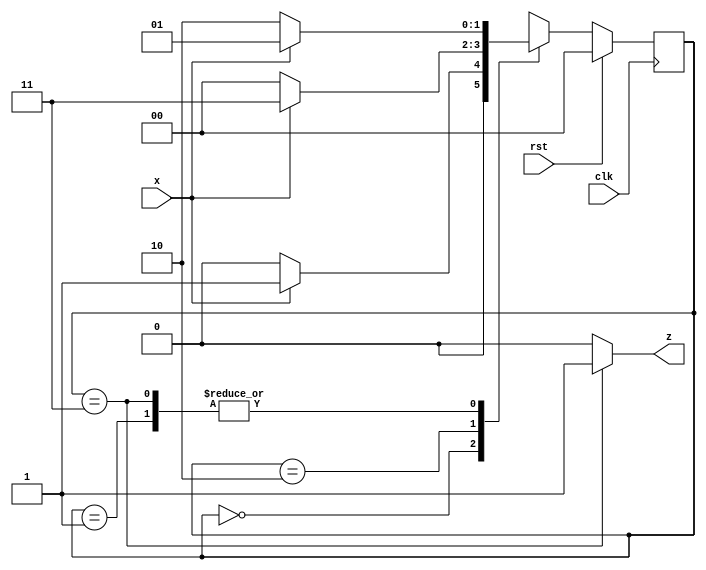
`timescale 1ns / 1ps
module moore101detector(
    input x, rst, clk, output z
    );
    localparam [1:0] reset=0, got1=1, got10=2, got101=3;
    reg [1:0] current;
    always @(posedge clk)
    begin
        if(rst)
            current <=reset;
        else
            case (current)
            reset: begin
                if(x==1'b1)
                    current <=got1;
                else current <=reset;
                end
            got1: begin
                if(x==1'b0) current <=got10;
                else current <= got1;
                end
            got10: begin 
                    if(x==1'b1) current <=got101;
                    else current <=reset;
                    end
            got101: begin
                    if(x==1'b1) current <=got1;
                    else current<= got10;
            end
            default: begin current <=reset;
                        end
            endcase
            end
            assign z = (current==got101)?1:0;
endmodule
// inout = output_control ? ( (mode == 2 || mode == 3) ? {XOR gray}: a) : 0'bZZZZZZZZ ;